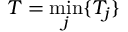
T = \operatorname* { m i n } _ { j } \{ T _ { j } \}